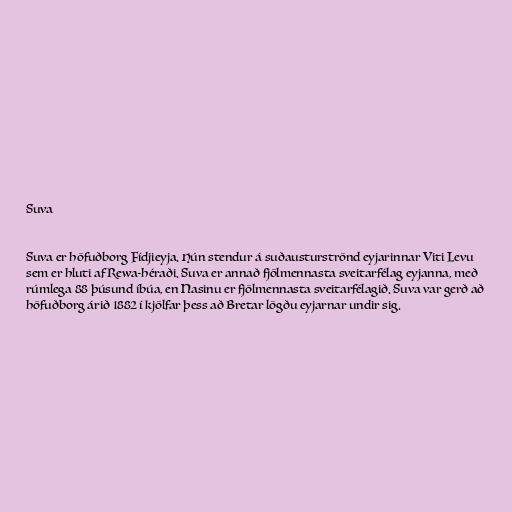
Suva

Suva er höfuðborg Fídjieyja. Hún stendur á suðausturströnd eyjarinnar Viti Levu
sem er hluti af Rewa-héraði. Suva er annað fjölmennasta sveitarfélag eyjanna, með
rúmlega 88 þúsund íbúa, en Nasinu er fjölmennasta sveitarfélagið. Suva var gerð að
höfuðborg árið 1882 í kjölfar þess að Bretar lögðu eyjarnar undir sig.